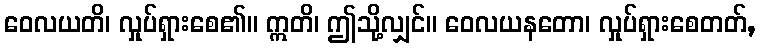
ဝေလယတိ၊ လှုပ်ရှားစေ၏။ ဣတိ၊ ဤသို့လျှင်။ ဝေလယနတော၊ လှုပ်ရှားစေတတ်,